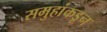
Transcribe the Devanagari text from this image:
समुहांकडून